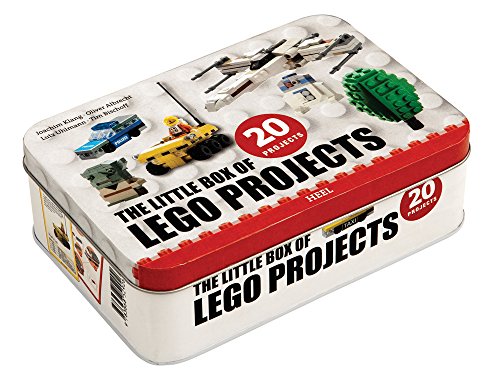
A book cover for The Little Box of Lego Projects; Joachim Klang; Crafts, Hobbies & Home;